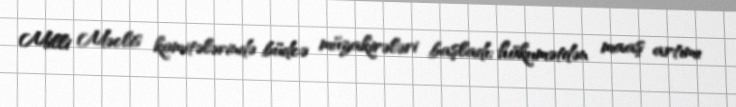
Milli Məclis komitələrində büdcə müzakirələri başladı; hökumətdən maaş artımı